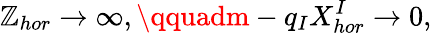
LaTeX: \mathbb{Z}_{hor}\to\infty,\qquadm-q_{I}X_{hor}^{I}\to0,